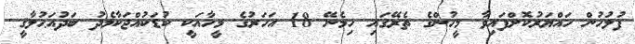
ފުލުހުން ހައްޔަރުކޮށްފައިވާ މީހުންގެ ތެރޭގައި ހިމެނޭ 18 އަހަރުގެ މީހާއަކީ ކުޑަކުއްޖަކާމެދު ބަދުއަޙުލާޤީ